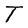
Character: T